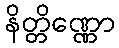
နိတ္တိဏ္ဏော